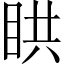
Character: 䀧